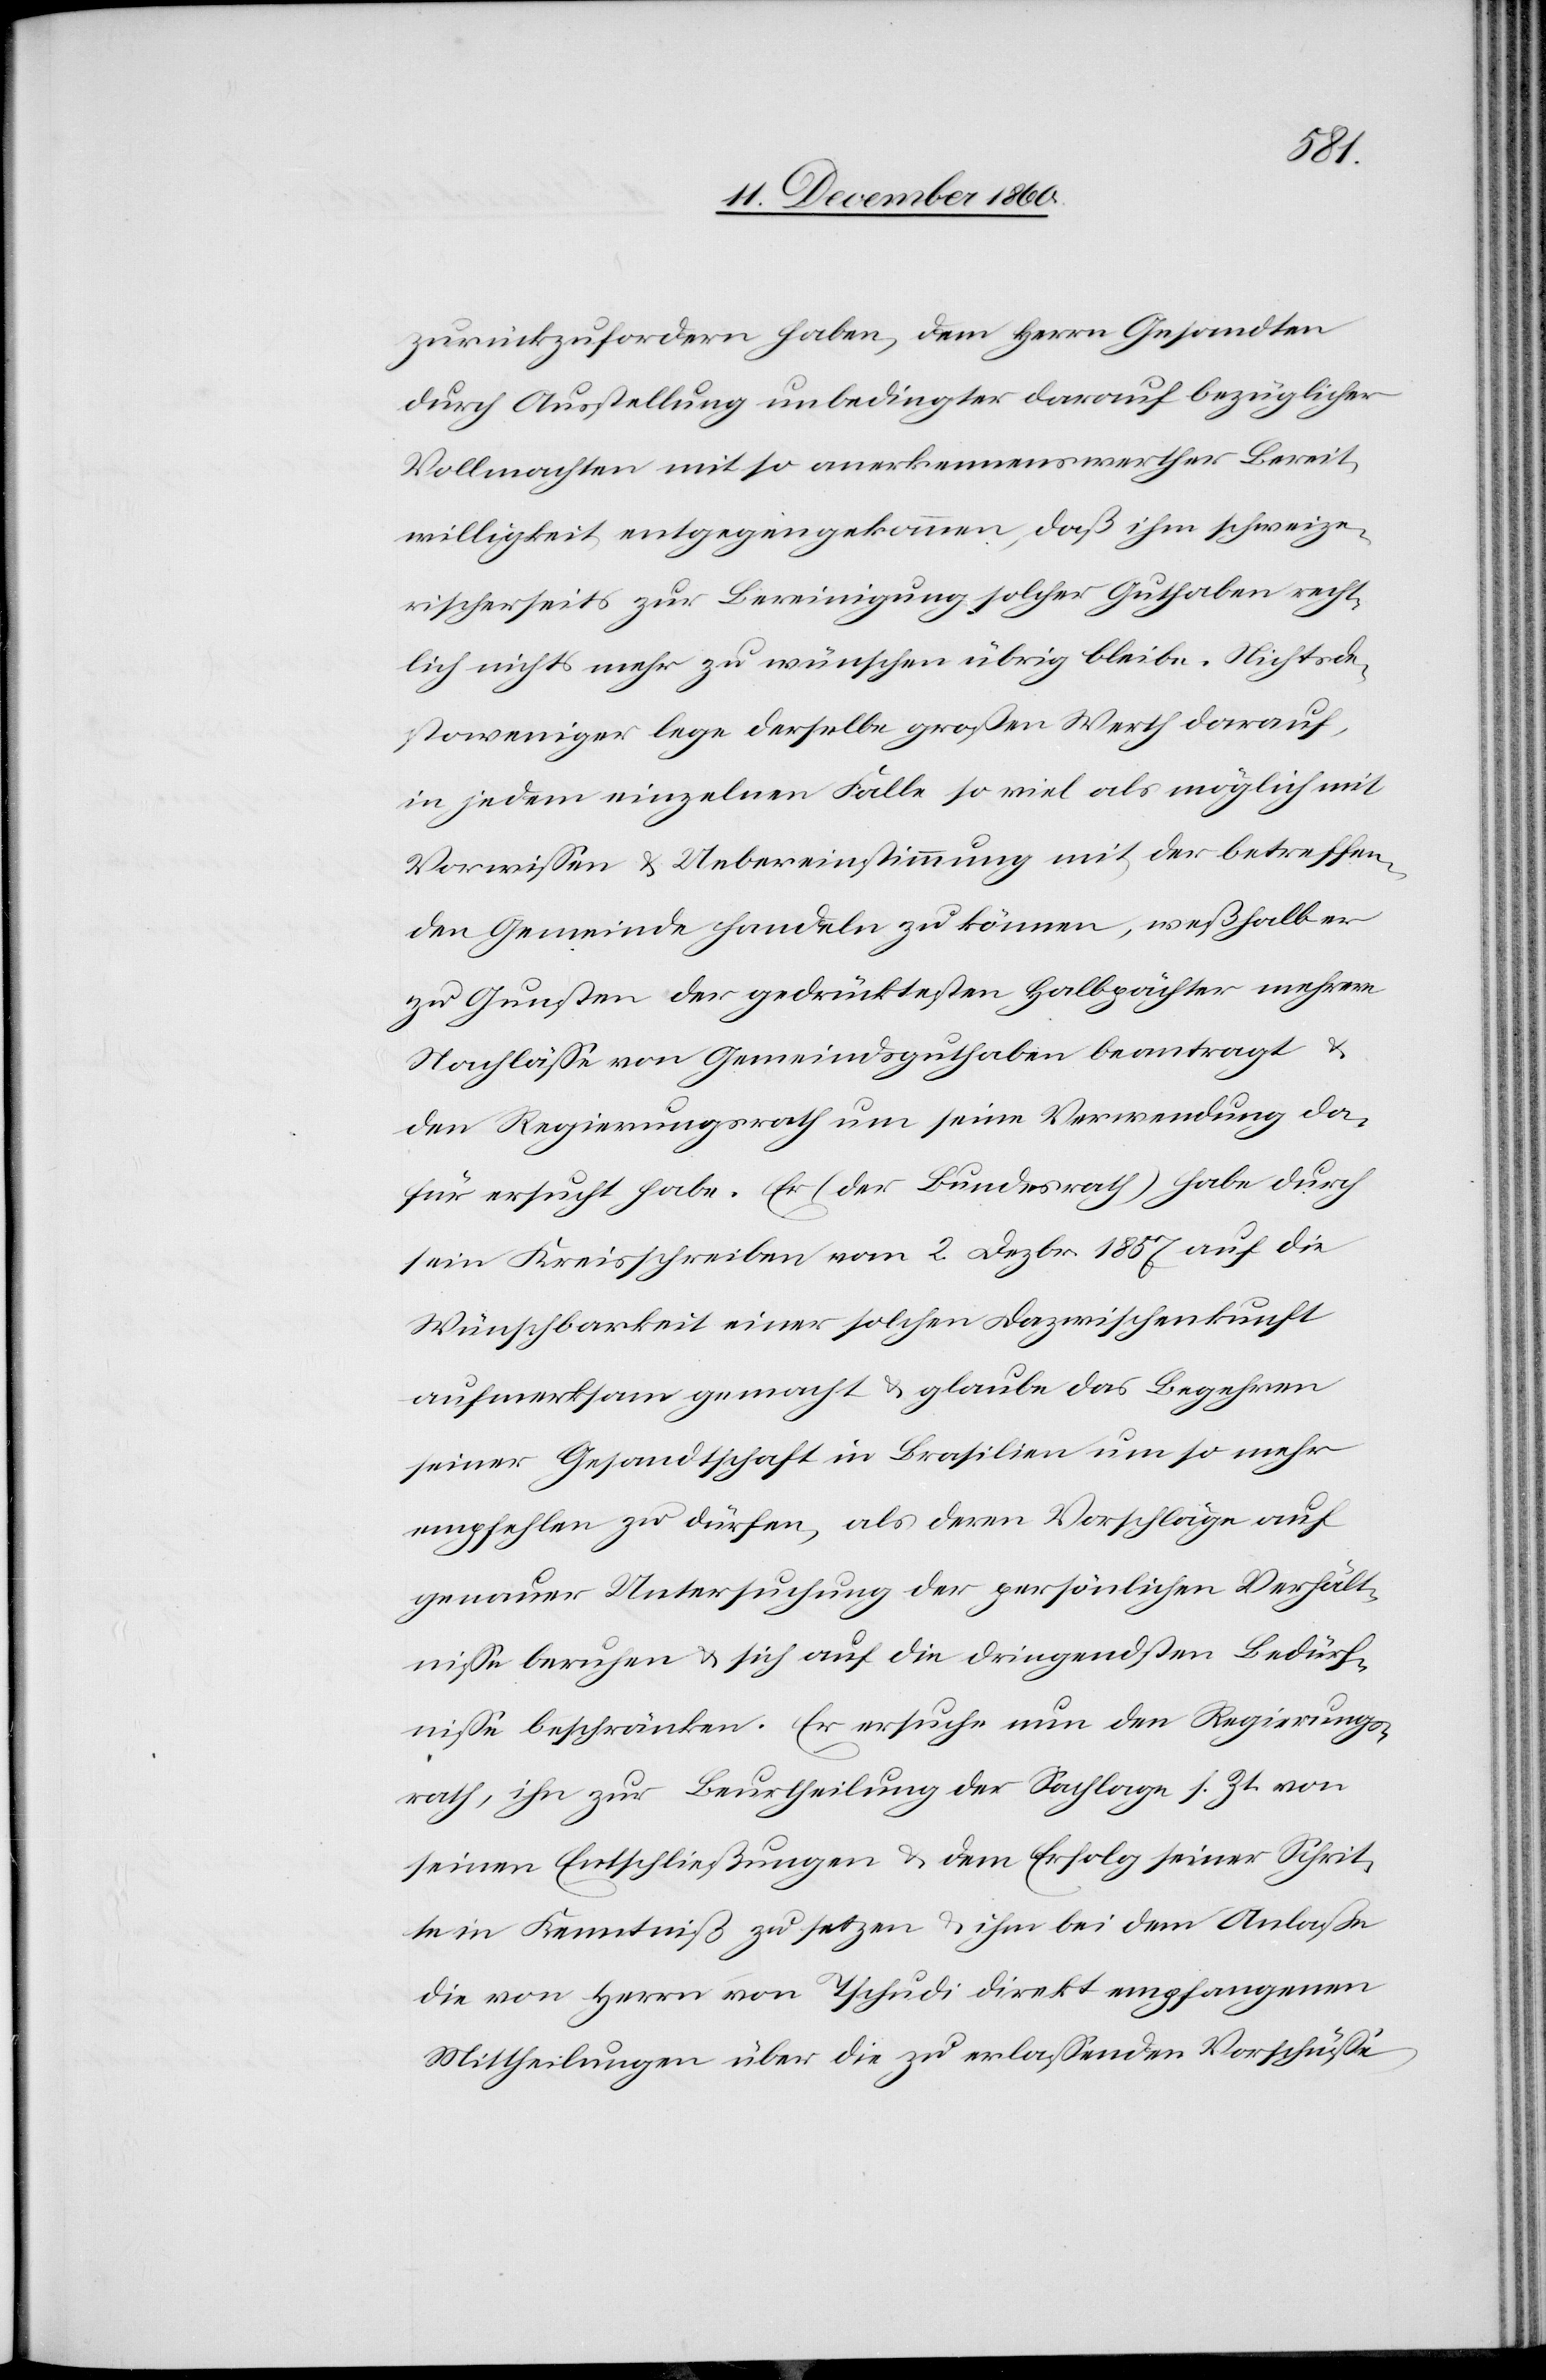
zurückzufordern haben, dem Herrn Gesandten
durch Ausstellung unbedingter darauf bezüglicher
Vollmachten mit so anerkennenswerther Bereit¬
willigkeit entgegengekommen, daß ihm schweize¬
rischer Seits zur Bereinigung solcher Guthaben recht¬
lich nichts mehr zu wünschen übrig bleibe. Nichtsde¬
stoweniger lege derselbe großen Werth darauf,
in jedem einzelnen Falle so viel als möglich mit
Vorwissen u. Uebereinstimmung mit der betreffen¬
den Gemeinde handeln zu können, weßhalb er
zu Gunsten der gedrücktesten Halbpächter mehrere
Nachlässe von Gemeindsguthaben beantragt u.
den Regierungsrath um seine Verwendung da¬
für ersucht habe. Er (der Bundesrath) habe durch
sein Kreisschreiben vom 2. Dezbr. 1857 auf die
Wünschbarkeit einer solchen Dazwischenkunft
aufmerksam gemacht u. glaube das Begehren
seiner Gesandtschaft in Brasilien um so mehr
empfehlen zu dürfen, als deren Vorschläge auf
genauer Untersuchung der persönlichen Verhält¬
nisse beruhen u. sich auf die dringendsten Bedürf¬
nisse beschränken. Er ersuche nun den Regierungs¬
rath, ihn zur Beurtheilung der Sachlage s. Zt. von
seinen Entschließungen u. dem Erfolg seiner Schrit¬
te in Kenntniß zu setzen u. ihm bei dem Anlaße
die von Herrn von Tschudi direkt empfangenen
Mittheilungen über die zu erlassenden Vorschüsse